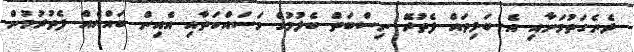
ދެނެގަތުމަށާއި އެ ބަލިތައް ފެތުރޭ ނިސްބަތް ބެލުމުގެ މަސައްކަތާއި އެއިން ބައްޔެއް ފެތުރުމުން